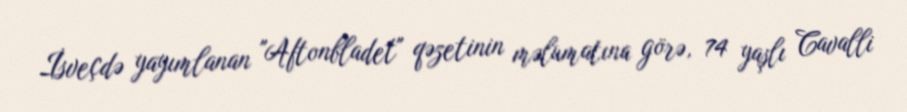
İsveçdə yayımlanan "Aftonbladet" qəzetinin məlumatına görə, 74 yaşlı Cavalli